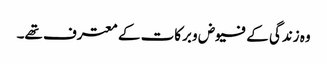
وہ زندگی کے فیوض و برکات کے معترف تھے۔